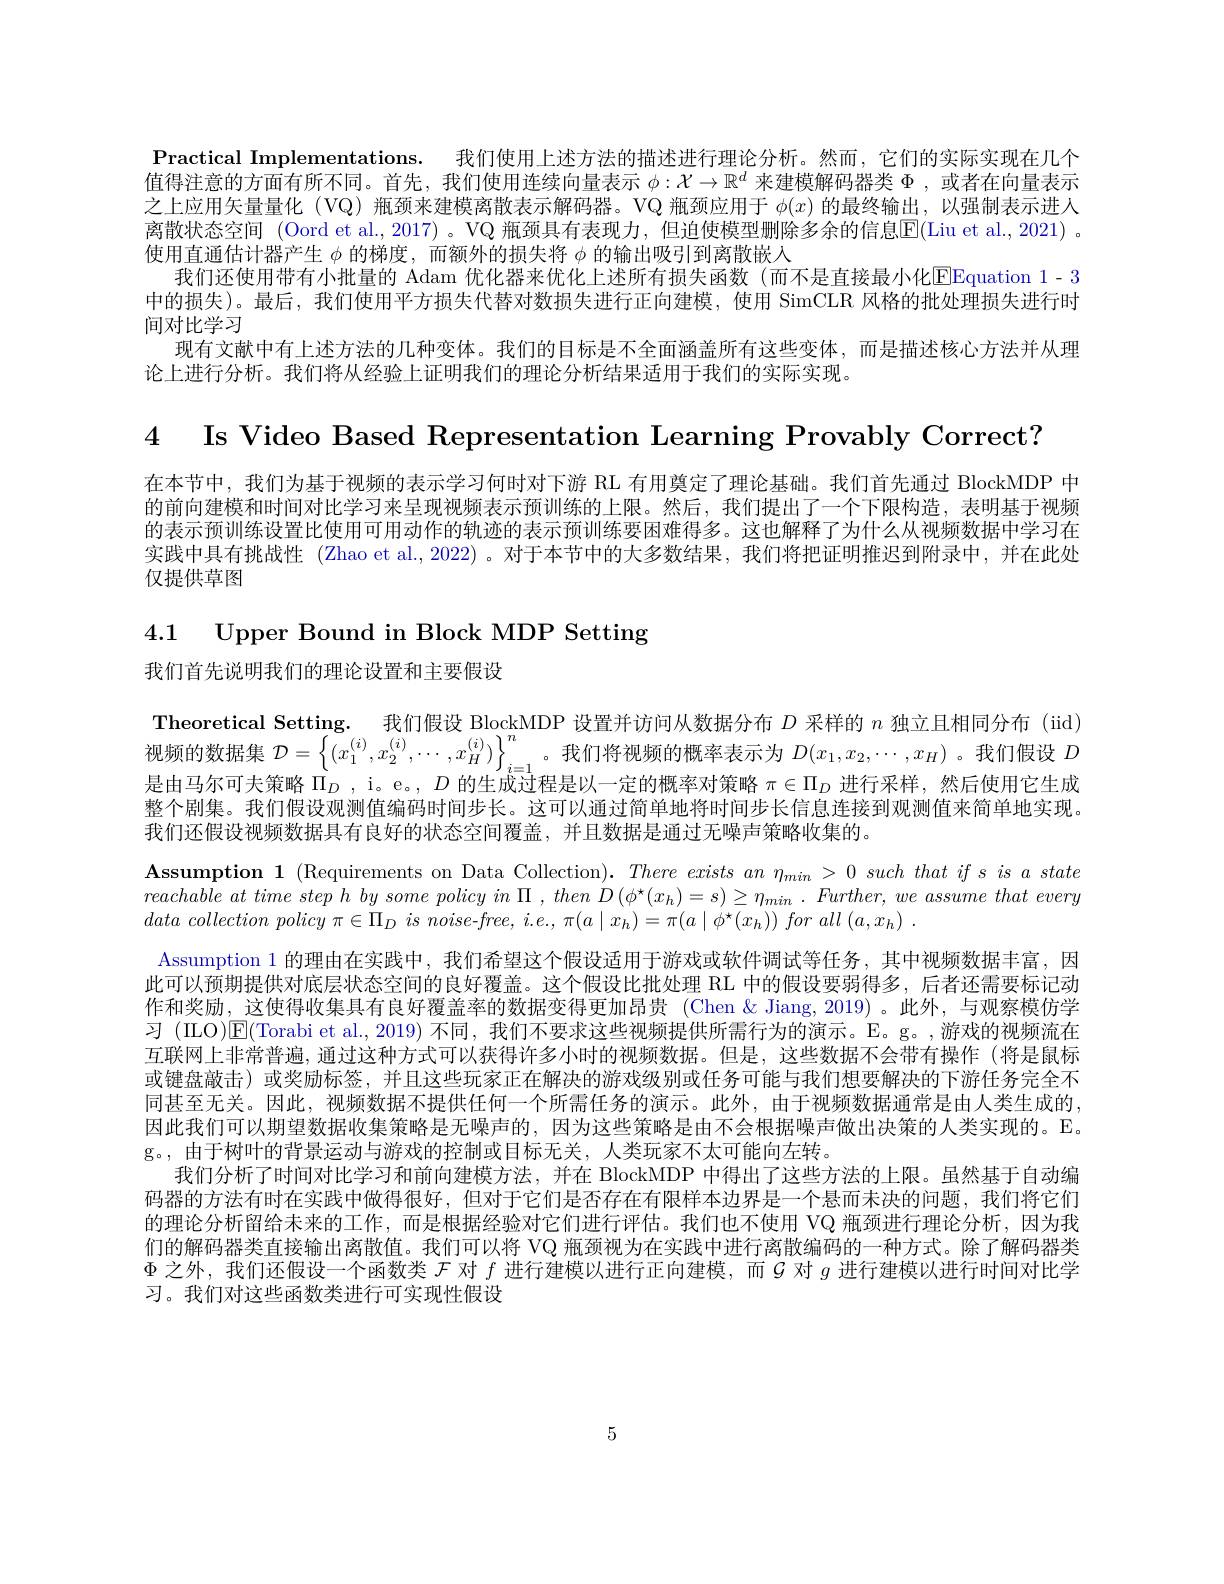
Practical Implementations. 我们使用上述方法的描述进行理论分析。然而，它们的实际实现在几个值得注意的方面有所不同。首先，我们使用连续向量表示$\phi:\mathcal{X}\to\mathbb{R}^d$来建模解码器类$\Phi$ ,或者在向量表示之上应用矢量量化 (VQ) 瓶颈来建模离散表示解码器。VQ 瓶颈应用于$\phi(x)$的最终输出，以强制表示进人离散状态空间 (Oord et al., 2017) 。VQ 瓶颈具有表现力，但迫使模型删除多余的信息$\mathbb{E}($Liu et al., 2021) 。使用直通估计器产生$\phi$的梯度，而额外的损失将$\phi$的输出吸引到离散嵌人
我们还使用带有小批量的 Adam 优化器来优化上述所有损失函数(而不是直接最小化$\boxed{\mathrm{E}}$Equation 1- 3中的损失)。最后，我们使用平方损失代替对数损失进行正向建模，使用 SimCLR 风格的批处理损失进行时间对比学习
现有文献中有上述方法的几种变体。我们的目标是不全面涵盖所有这些变体，而是描述核心方法并从理
论上进行分析。我们将从经验上证明我们的理论分析结果适用于我们的实际实现。

4 Is Video Based Representation Learning Provably Correct?

在本节中，我们为基于视频的表示学习何时对下游$\operatorname{RL}$有用奠定了理论基础。我们首先通过 BlockMDP 中的前向建模和时间对比学习来呈现视频表示预训练的上限。然后，我们提出了一个下限构造，表明基于视频的表示预训练设置比使用可用动作的轨迹的表示预训练要困难得多。这也解释了为什么从视频数据中学习在实践中具有挑战性 (Zhao et al., 2022) 。对于本节中的大多数结果，我们将把证明推迟到附录中，并在此处仅提供草图

4.1 Upper Bound in Block MDP Setting

我们首先说明我们的理论设置和主要假设

$\textbf{Theoretical Setting. 我 们 假 设 BlockMDP 设 置 并 访 问 从 数 据 分 布 }D$ 采 样 的 $n$ 独 立 且 相 同 分 布 ( iid) 视 频 的 数 据 集 $\mathcal{D} = \left \{ \left ( x_{1}^{( i) }, x_{2}^{( i) }, \cdots , x_{H}^{( i) }\right ) \right \} _{i= 1}^{n}$。我 们 将 视 频 的 概 率 表 示 为 $D( x_{1}, x_{2}, \cdots , x_{H})$。我 们 假 设 $D$ 目 由 力 存 可 土 签 w" $\Pi \:_{\:i= 1}^{- \infty }$ D 的 牛 中 中 国 川 $\text{ 广 的 世 产 计 会 中 国 以 }_{\:}$ 是由马尔可夫策略$\Pi _D$ , i。e。, $D$的生成过程是以一定的概率对策略$\pi\in\Pi_D$进行采样，然后使用它生成整个剧集。我们假设观测值编码时间步长。这可以通过简单地将时间步长信息连接到观测值来简单地实现。我们还假设视频数据具有良好的状态空间覆盖，并且数据是通过无噪声策略收集的。
$\textbf{Assumption 1}$(Requirements on Data Collection). There exists an $\eta _{min}> 0\textit{such that if s is a state}$ reachable $at$ time step $h$ $by$ some policy $in$ $\Pi$ , then $D$ $( \phi ^{\star }( x_{h}) = s) \geq \eta _{min}$ . $Further$, $we$ assume that every data collection policy $\pi \in \Pi _{D}$ $is$ noise-$free$, $i. e. $, $\pi ( a\mid x_{h}) = \pi ( a\mid \phi ^{\star }( x_{h}) )$ for all $( a, x_{h})$ .
Assumption 1 的理由在实践中，我们希望这个假设适用于游戏或软件调试等任务，其中视频数据丰富，因此可以预期提供对底层状态空间的良好覆盖。这个假设比批处理 RL 中的假设要弱得多，后者还需要标记动作和奖励，这使得收集具有良好覆盖率的数据变得更加昂贵(Chen $\&$ Jiang,2019)。此外，与观察模仿学习 (ILO)$\mathbb{E}($Torabi et al., 2019) 不同，我们不要求这些视频提供所需行为的演示。E。g。,游戏的视频流在互联网上非常普遍，通过这种方式可以获得许多小时的视频数据。但是，这些数据不会带有操作(将是鼠标或键盘敲击)或奖励标签，并且这些玩家正在解决的游戏级别或任务可能与我们想要解决的下游任务完全不同甚至无关。因此，视频数据不提供任何一个所需任务的演示。此外，由于视频数据通常是由人类生成的， 因此我们可以期望数据收集策略是无噪声的，因为这些策略是由不会根据噪声做出决策的人类实现的。E。g。,由于树叶的背景运动与游戏的控制或目标无关，人类玩家不太可能向左转。
我们分析了时间对比学习和前向建模方法，并在 BlockMDP 中得出了这些方法的上限。虽然基于自动编码器的方法有时在实践中做得很好，但对于它们是否存在有限样本边界是一个悬而未决的问题，我们将它们的理论分析留给未来的工作，而是根据经验对它们进行评估。我们也不使用 VQ 瓶颈进行理论分析，因为我们的解码器类直接输出离散值。我们可以将 VQ 瓶颈视为在实践中进行离散编码的一种方式。除了解码器类$\Phi$之外，我们还假设一个函数类$\mathcal{F}$对$f$进行建模以进行正向建模，而$\mathcal{G}$对$g$进行建模以进行时间对比学习。我们对这些函数类进行可实现性假设

5